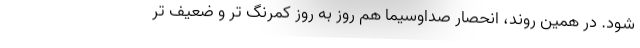
شود. در همین روند، انحصار صداوسیما هم روز به روز کمرنگ تر و ضعیف تر